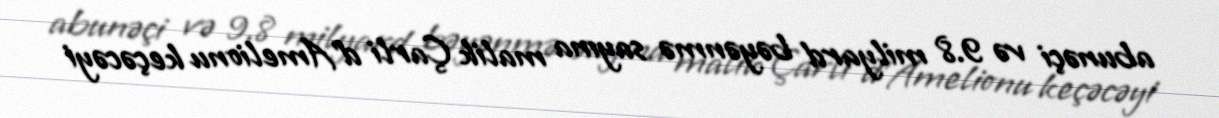
abunəçi və 9.8 milyard bəyənmə sayına malik Çarli d'Amelionu keçəcəyi